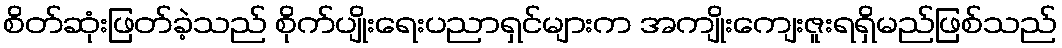
စိတ်ဆုံးဖြတ်ခဲ့သည် စိုက်ပျိုးရေးပညာရှင်များက အကျိုးကျေးဇူးရရှိမည်ဖြစ်သည်